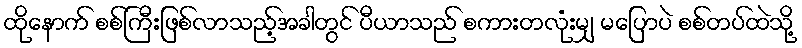
ထိုနောက် စစ်ကြီးဖြစ်လာသည့်အခါတွင် ပီယာသည် စကားတလုံးမျှ မပြောပဲ စစ်တပ်ထဲသို့